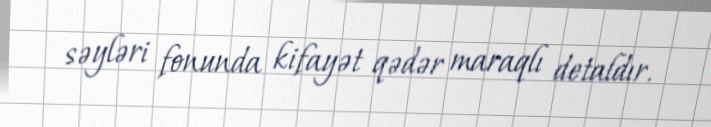
səyləri fonunda kifayət qədər maraqlı detaldır.